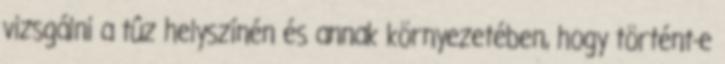
vizsgálni a tûz helyszínén és annak környezetében, hogy történt-e